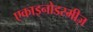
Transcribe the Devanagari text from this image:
एकाइनोडरमीज़